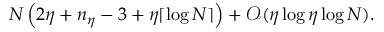
N \left( 2 \eta + n _ { \eta } - 3 + \eta \lceil \log N \rceil \right) + \mathcal { O } ( \eta \log \eta \log N ) .